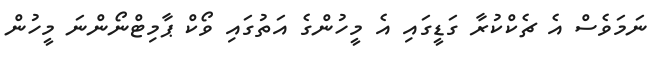
ނަމަވެސް އެ ޗެކްކުރާ ގަޑީގައި އެ މީހުންގެ އަތުގައި ވޯކް ޕާމިޓްނޯންނަ މީހުން